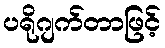
ပရိုဂျက်တာဖြင့်